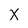
Character: x